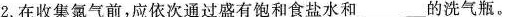
2.在收集氯气前，应依次通过盛有饱和食盐水和___的洗气瓶。